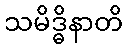
သမိဒ္ဓိနာတိ